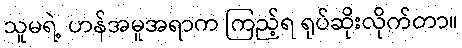
သူမရဲ့ ဟန်အမူအရာက ကြည့်ရ ရုပ်ဆိုးလိုက်တာ။